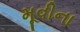
મૂવીના